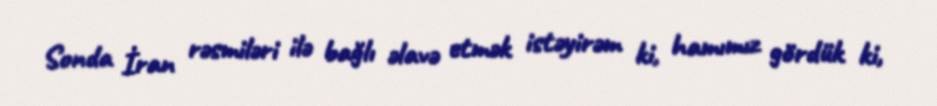
Sonda İran rəsmiləri ilə bağlı əlavə etmək istəyirəm ki, hamımız gördük ki,